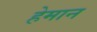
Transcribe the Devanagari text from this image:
हेमान